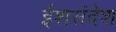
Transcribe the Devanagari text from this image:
ईशसंदेश